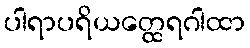
ပါရာပရိယတ္ထေရဂါထာ